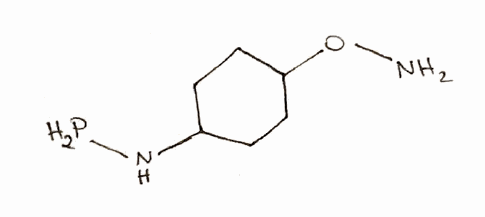
Simplified molecular-input line-entry system (SMILES) notation of the given molecule:
C1CC(CCC1NP)ON